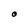
Character: O